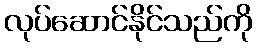
လုပ်ဆောင်နိုင်သည်ကို